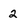
Character: 2